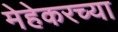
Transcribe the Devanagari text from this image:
मेहेकरच्या